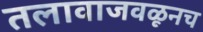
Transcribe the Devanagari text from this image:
तलावाजवळूनच